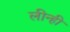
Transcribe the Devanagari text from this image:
लीन्‍ही